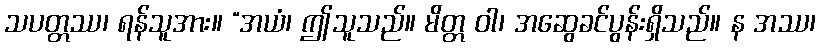
သပတ္တဿ၊ ရန်သူအား။ “အယံ၊ ဤသူသည်။ မိတ္တ ဝါ၊ အဆွေခင်ပွန်းရှိသည်။ န အဿ၊